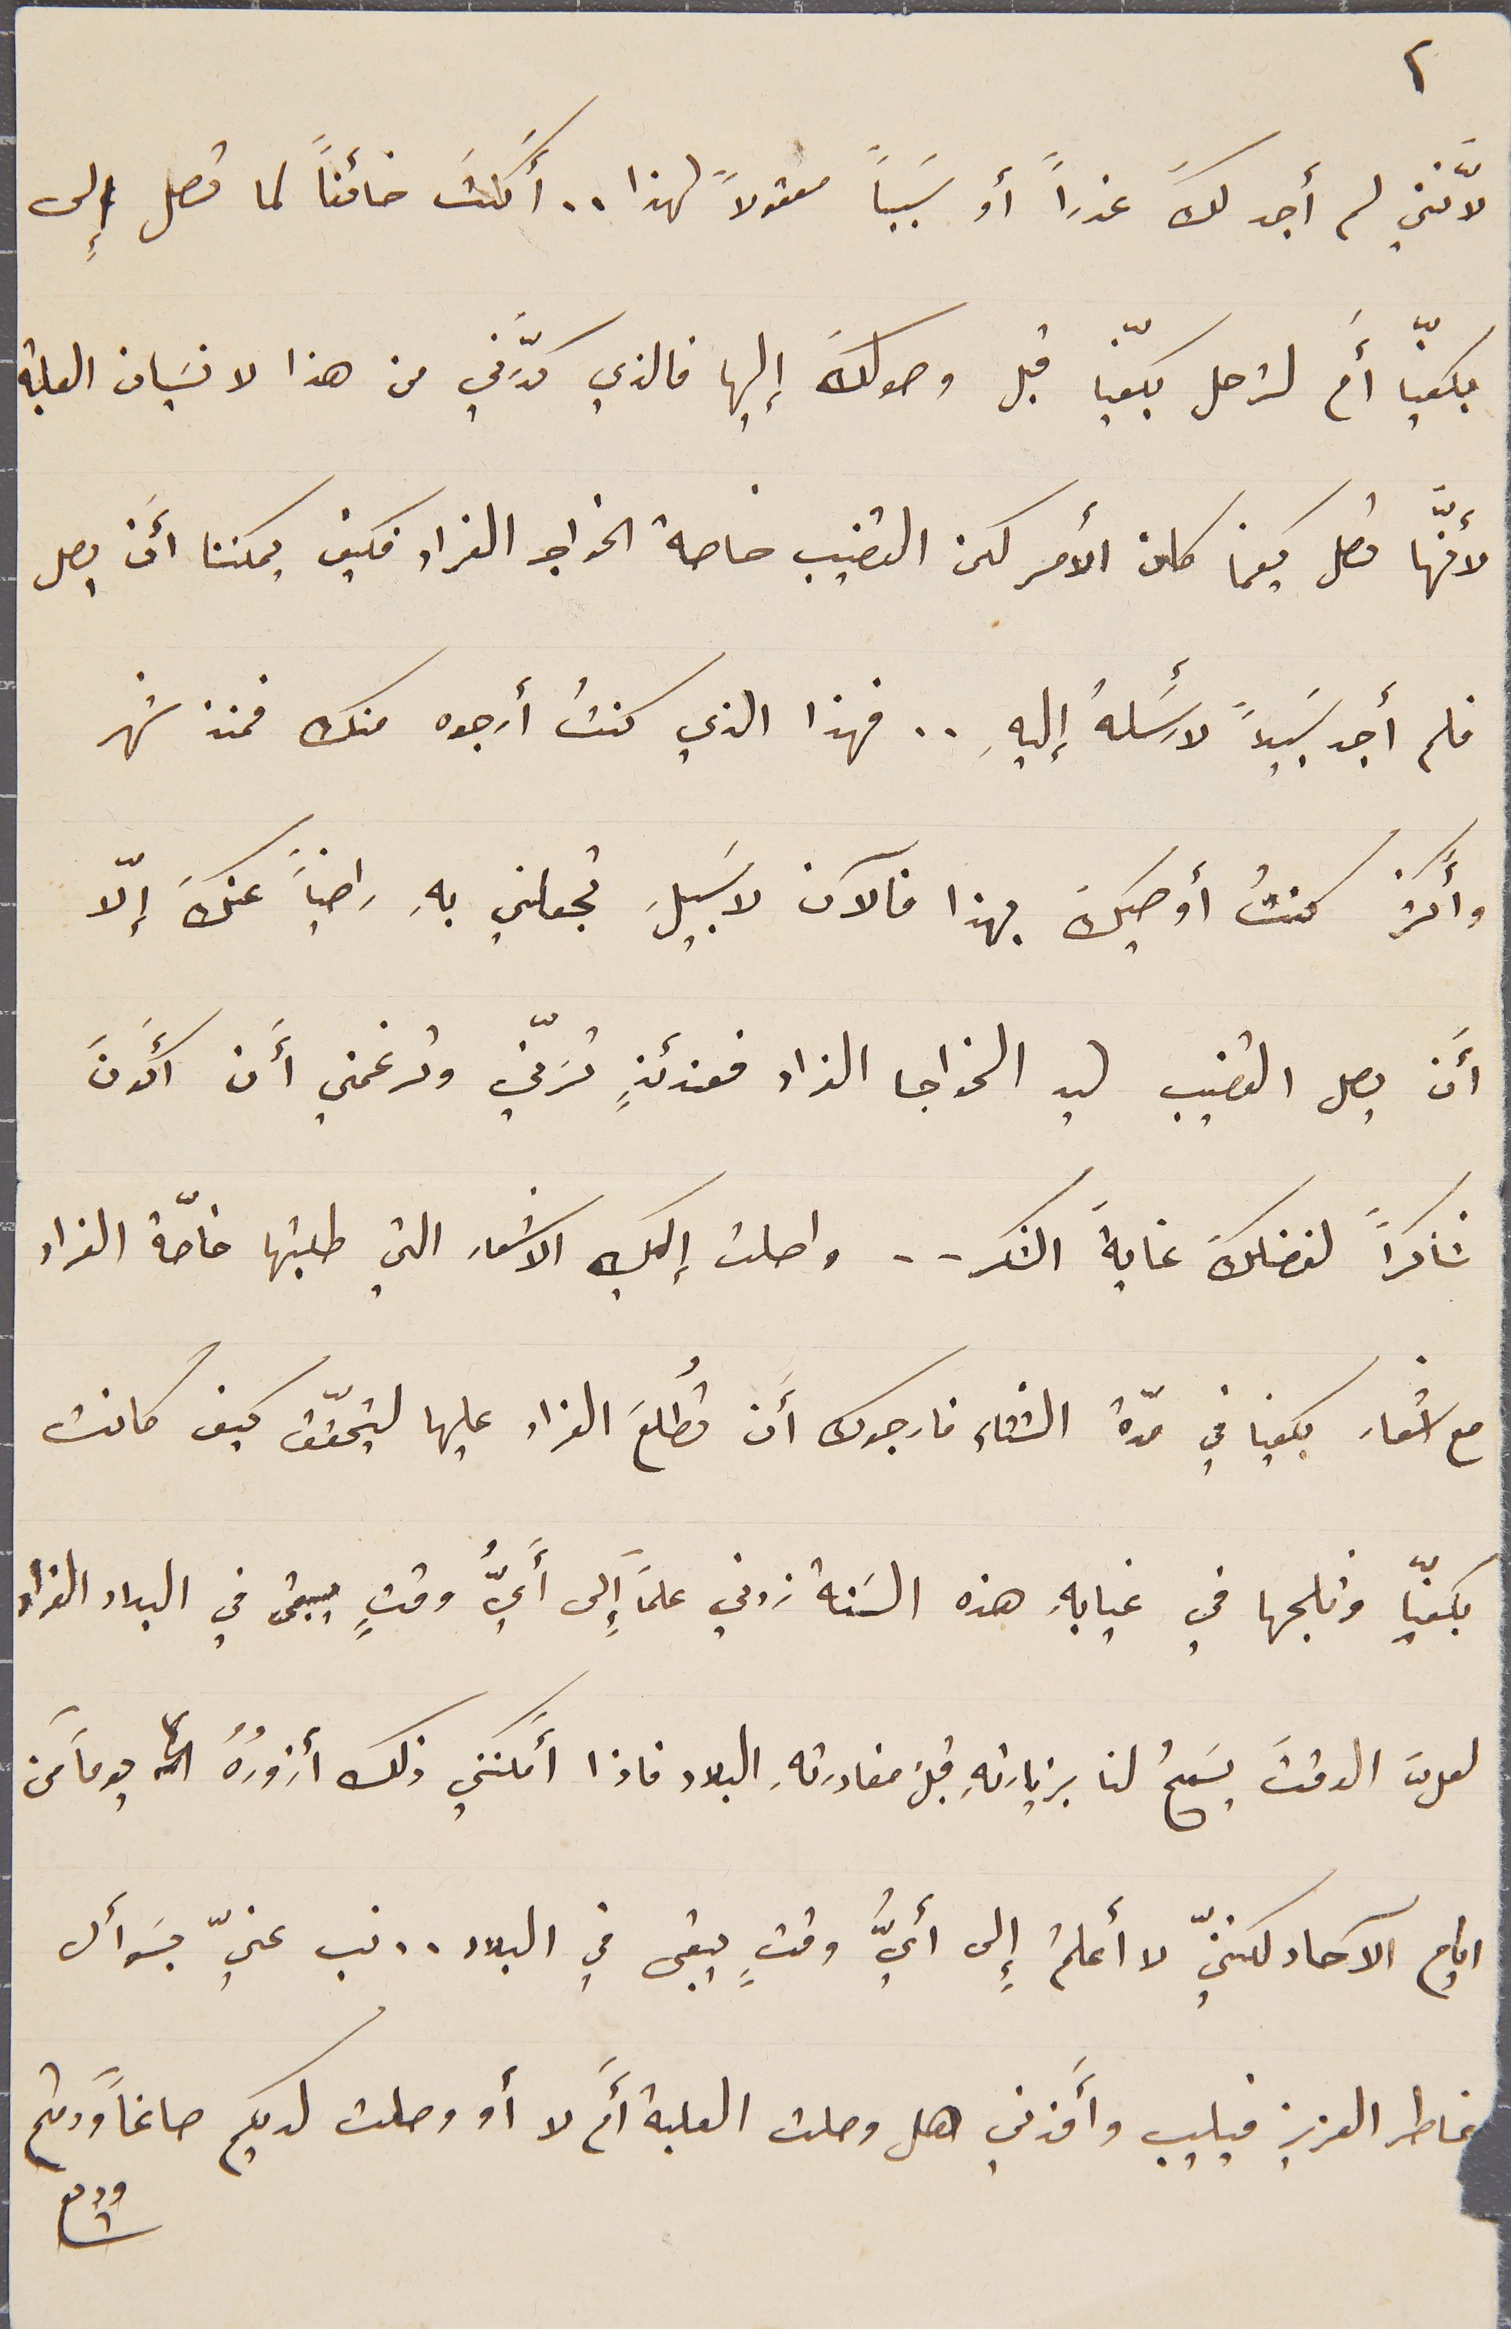
لانَّني لم أجد لكَ عذراً أو سَبباً معقولاً لهذا.. أَكنتَ خائناً لما تصل إلى
بكفيّا أَم لترحل بكفيّا قبل وصولكَ إليها فالذي كدَّرني من هذا لا نسَيان العلبة
لأنّها تصل كيفما كان الأمر كان القضيب خاصة الخواجه الفراد فكيف يمكننا أَن يصل
فلم أجد سَبيلاً لأرسَلهُ إليهِ .. فهذا الذي كنتُ أرجوه منك فمنذ شهر
وأكثر كنتُ أوصيكَ بهذا فالآن لا َسبيلَ تجعلني بهِ راضياً عنكَ إلاّ
أَن يصل القضيب ليد الخواجا الفراد فعندئذٍ تسَرّني وترغمني أَن أَكونَ
شاكراً لفضلكَ غايةَ الشكر.. واصلت إلك الاشعار التي طلبتها خاصّة الفراد
مع أسفار بكفيا في مدّة الشْتاء فارجوك أَن تُطلعَ الفراد عليها ليتحقّق كيف كانت
بكفيّا وثلجها في غيابهِ هذه السَنة زدني علماً إِلى أيُّ وقتٍ يبقى في البلاد الفراد
لعلَّ الوقتَ يَسمحُ لنا بزيارتهِ قبل مغادرتهِ البلاد فاذا أمكنني ذلك أزورُهُ يوماً من
ايام الآحاد لكننّي لا أعلمُ إِلى أيُّ وقتٍ يبقى في البلاد.. نب عنيّ بسَوأل
خاطر العزيز فيليب وأَفدني هل وصلت العلبة أَم لا أو وصلت لديكم صاغاً ودمتم
٢
وديع